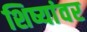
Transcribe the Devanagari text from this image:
शिष्यांवर